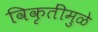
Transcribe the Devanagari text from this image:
विकृतींमुळे